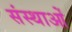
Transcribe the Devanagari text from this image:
संस्थाआें